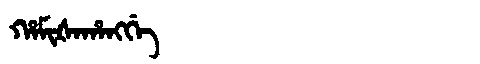
Manchu: ᡥᠠᠮᡳᡧᠠᡥᠠᠩᡤᡝ
Romanization: HAMIŠAHANGGE